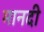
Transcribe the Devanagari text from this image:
मानदी